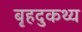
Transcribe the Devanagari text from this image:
बृहदुकथ्य